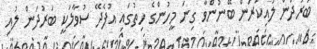
ބަރުދަން ލުއިކުރަން ބޭނުންވާ ގިނަ މީހުންގެ ހިތުގައި އުފެދޭ ސުވާލަކީ ބަރުދަން ލުއި